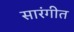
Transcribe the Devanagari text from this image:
सारंगीत